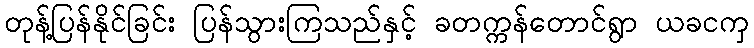
တုန့်ပြန်နိုင်ခြင်း ပြန်သွားကြသည်နှင့် ခတက္ကန်တောင်ရွာ ယခငကှ